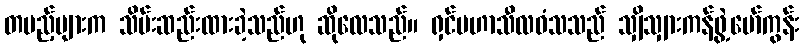
တပည့်များက သိမ်းဆည်းထားခဲ့သည်ဟု ဆိုလေသည်။ ရှင်မဟာသီလဝံသသည် သျှိသျှားကန်ဖွဲ့မော်ကွန်း